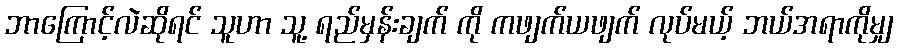
ဘာကြောင့်လဲဆိုရင် သူဟာ သူ့ ရည်မှန်းချက် ကို ကဖျက်ယဖျက် လုပ်မယ့် ဘယ်အရာကိုမျှ